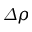
\varDelta \rho